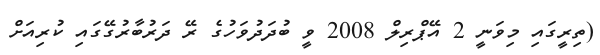
(ތިރީގައި މިވަނީ 2 އޭޕްރިލް 2008 ވީ ބުދަދުވަހުގެ ރޭ ދަރުބާރުގޭގައި ކުރިއަށް